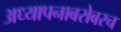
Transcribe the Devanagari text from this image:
अध्‍यापनाबरोबरच